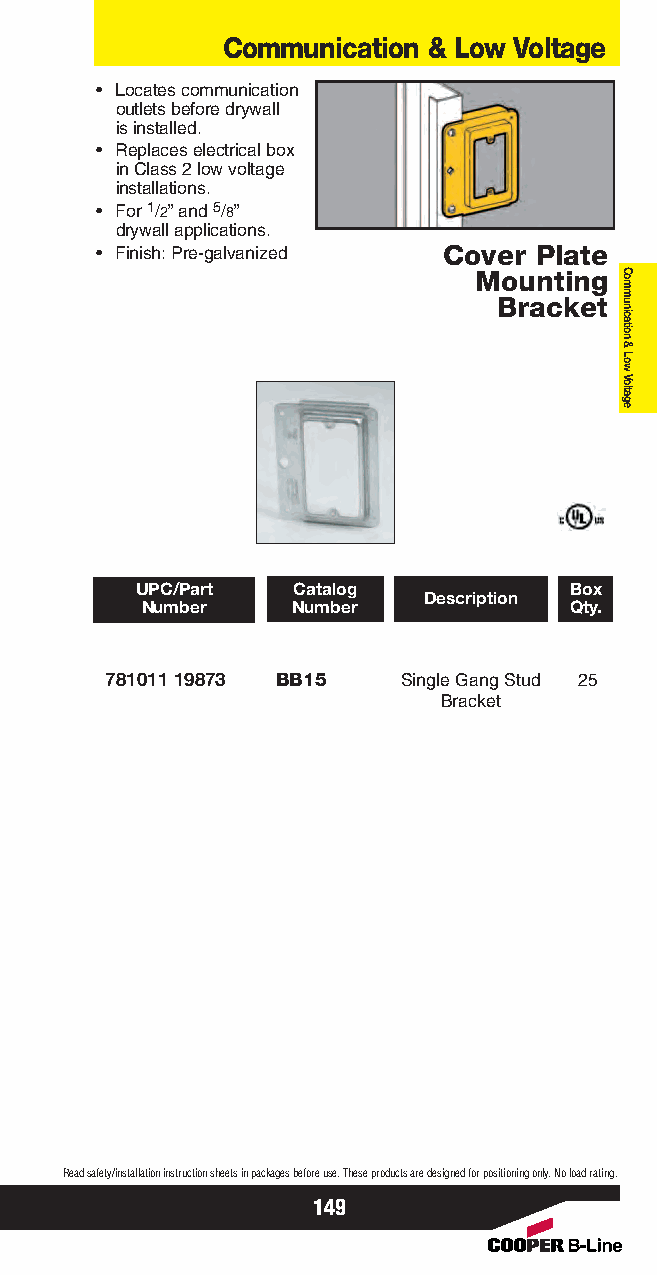
Communication & Low Voltage
 • Locates communication
 outlets before drywall
 is installed.
 • Replaces electrical box
 in Class 2 low voltage
 installations.
 • For 1/2” and 5/8”
 drywall applications.
 • Finish: Pre-galvanized Cover Plate
 Mounting
 Bracket
 UPC/Part  Catalog            Box
 Description
 Number    Number             Qty.
 781011 19873 BB15   Single Gang Stud 25
 Bracket
 Read safety/installation instruction sheets in packages before use. These products are designed for positioning only. No load rating.
 149
 Communication
 &
 Low
 Voltage